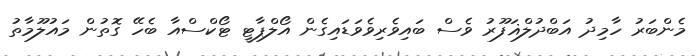
މެންބަރު ހާމިދު އަބްދުލްޣަފޫރު ވެސް ބައިވެރިވެވަޑައިގެން އޯލްޕާޓީ ޓޯކްސްއާ ބެހޭ ގޮތުން މައުލޫމާތު